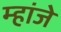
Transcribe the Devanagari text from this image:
म्हांजे